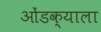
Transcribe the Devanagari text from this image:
ओंडक्याला